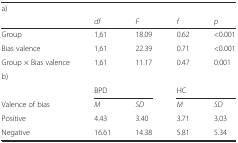
<table><thead><tr><td><b>a)</b></td><td></td><td></td><td></td><td></td></tr><tr><td></td><td><b><i>df</i></b></td><td><b><i>F</i></b></td><td><b><i>f</i></b></td><td><b><i>p</i></b></td></tr></thead><tbody><tr><td>Group</td><td>1,61</td><td>18.09</td><td>0.62</td><td>&lt;0.001</td></tr><tr><td>Bias valence</td><td>1,61</td><td>22.39</td><td>0.71</td><td>&lt;0.001</td></tr><tr><td>Group × Bias valence</td><td>1,61</td><td>11.17</td><td>0.47</td><td>0.001</td></tr><tr><td>b)</td><td colspan="2"></td><td colspan="2"></td></tr><tr><td></td><td colspan="2">BPD</td><td colspan="2">HC</td></tr><tr><td>Valence of bias</td><td><i>M</i></td><td><i>SD</i></td><td><i>M</i></td><td><i>SD</i></td></tr><tr><td>Positive</td><td>4.43</td><td>3.40</td><td>3.71</td><td>3.03</td></tr><tr><td>Negative</td><td>16.61</td><td>14.38</td><td>5.81</td><td>5.34</td></tr></tbody></table>